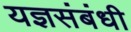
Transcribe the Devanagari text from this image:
यज्ञसंबंधी